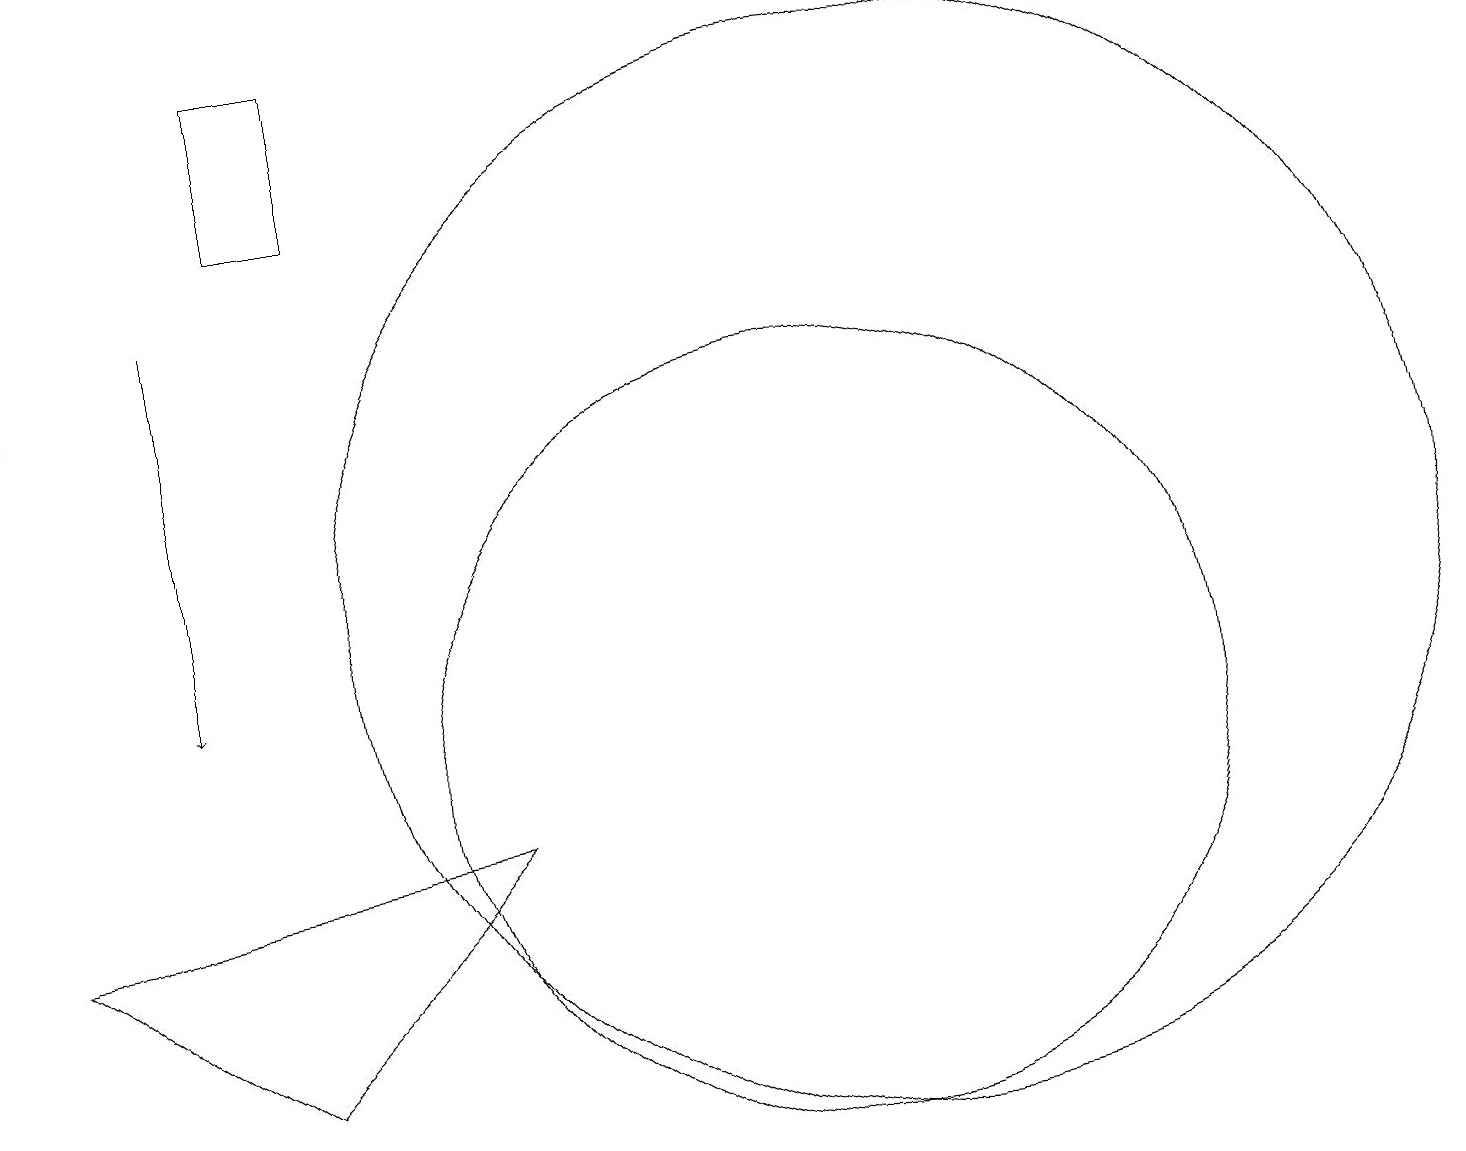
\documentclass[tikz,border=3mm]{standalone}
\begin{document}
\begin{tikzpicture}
\draw[->] (0,15) -- (0,18);
\draw (11,12) circle (7);
\draw[->] (2,16) -- (2,11);
\draw (3,17) rectangle (4,19);
\draw (10,10) circle (5);
\draw (3,6) -- (6,9) -- (0,8) -- cycle;
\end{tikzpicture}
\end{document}